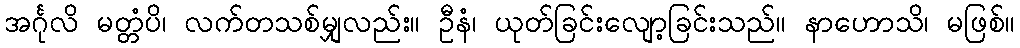
အင်္ဂုလိ မတ္တံပိ၊ လက်တသစ်မျှလည်း။ ဦနံ၊ ယုတ်ခြင်းလျော့ခြင်းသည်။ နာဟောသိ၊ မဖြစ်။